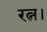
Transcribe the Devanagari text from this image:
रत्न।